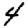
Digit: 4